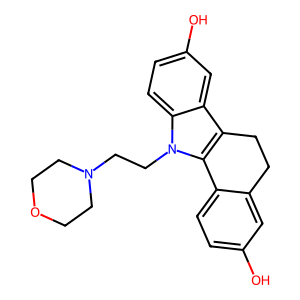
SMILES: Oc1ccc2c(c1)CCc1c-2n(CCN2CCOCC2)c2ccc(O)cc12
Inhibits HIV replication: No